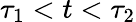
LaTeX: \tau_{1}<t<\tau_{2}